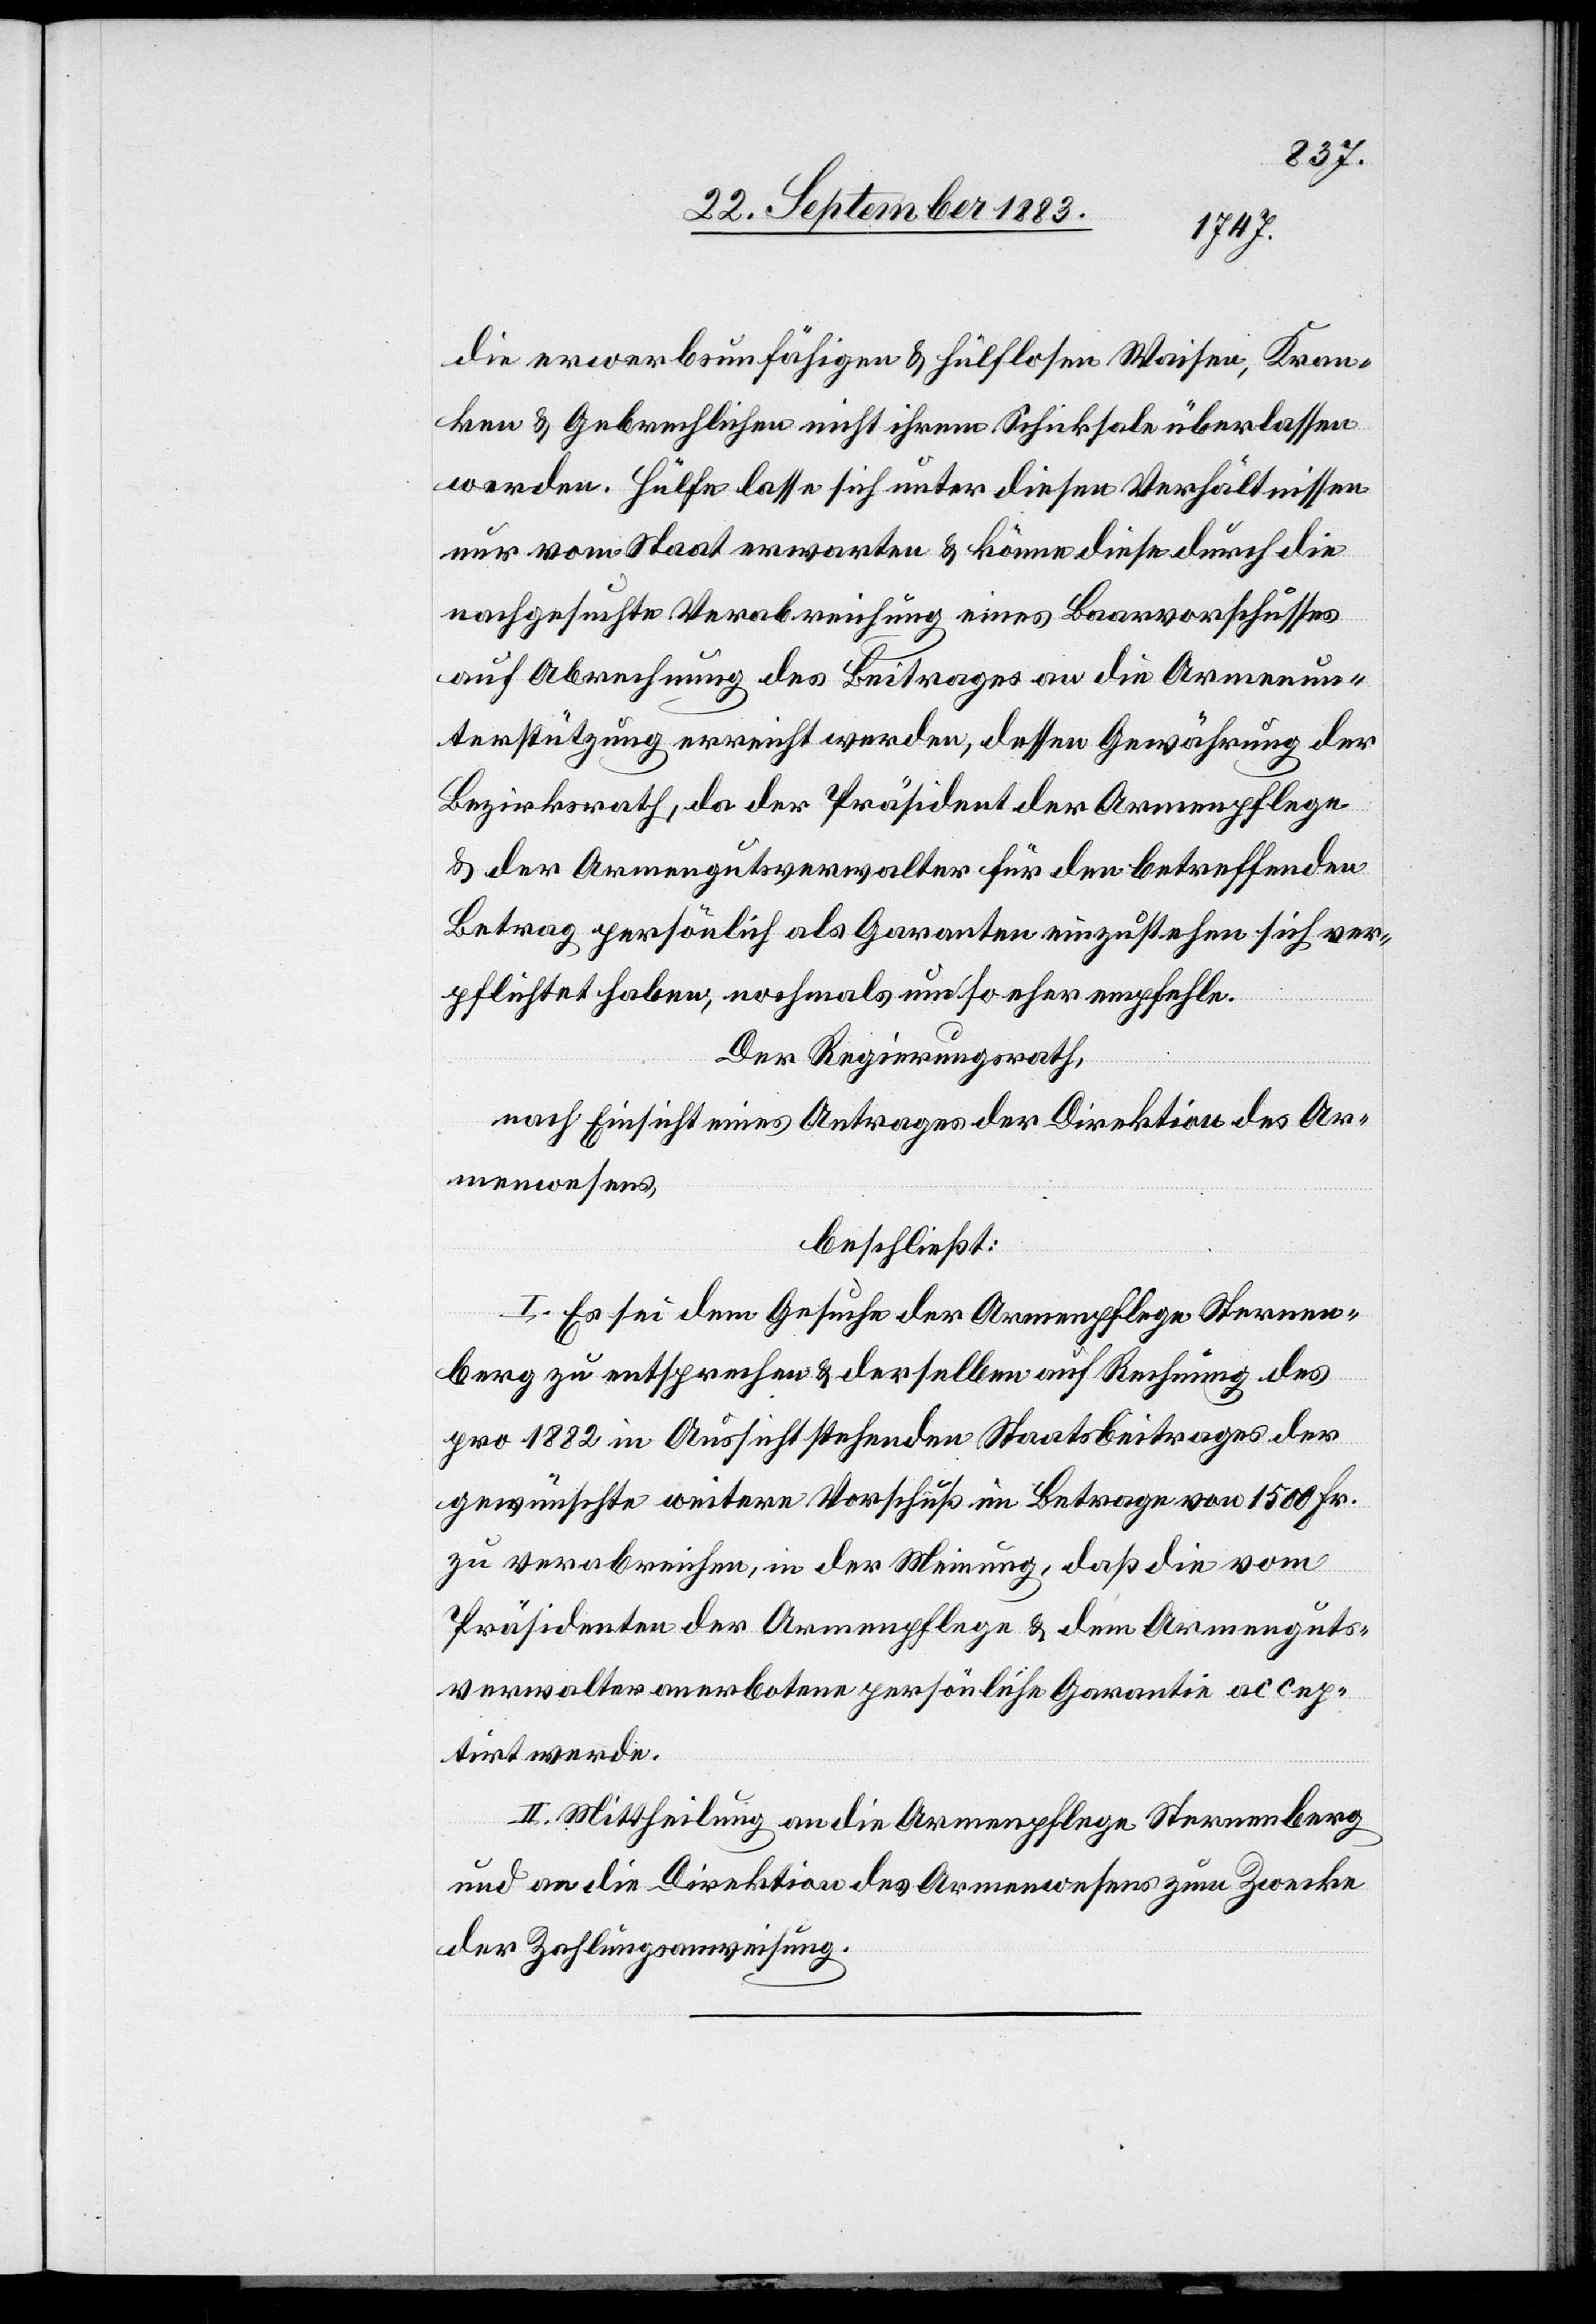
die erwerbsunfähigen & hülflosen Waisen, Kran¬
ken & Gebrechlichen nicht ihrem Schicksale überlassen
werden. Hülfe lasse sich unter diesen Verhältnissen
nur vom Staat erwarten & könne diese durch die
nachgesuchte Verabreichung eines Baarvorschusses
auf Abrechnung des Beitrages an die Armenun¬
terstützung erreicht werden, dessen Gewährung der
Bezirksrath, da der Präsident der Armenpflege
& der Armengutsverwalter für den betreffenden
Betrag persönlich als Garanten einzustehen sich ver¬
pflichtet haben, nochmals um so eher empfehle.
Der Regierungsrath,
nach Einsicht eines Antrages der Direktion des Ar¬
menwesens,
beschließt:
I. Es sei dem Gesuche der Armenpflege Sternen¬
berg zu entsprechen & derselben auf Rechnung des
pro 1882 in Aussicht stehenden Staatsbeitrages der
gewünschte weitere Vorschuß im Betrage von 1500 Fr.
zu verabreichen, in der Meinung, daß die vom
Präsidenten der Armenpflege & dem Armenguts¬
verwalter anerbotene persönliche Garantie accep¬
tirt werde.
II. Mittheilung an die Armenpflege Sternenberg
und an die Direktion des Armenwesens zum Zwecke
der Zahlungsanweisung.